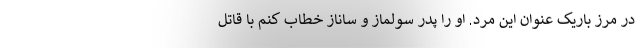
در مرز باریک عنوان این مرد. او را پدر سولماز و ساناز خطاب کنم با قاتل